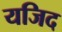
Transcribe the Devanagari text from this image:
यजिद